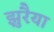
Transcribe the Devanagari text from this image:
झुरैया